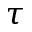
\tau